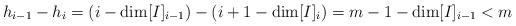
LaTeX: \begin{align*} h_{i-1} - h_i = (i - \dim [I]_{i-1}) - (i+1 - \dim [I]_i ) = m-1 - \dim[I]_{i-1} < m \end{align*}